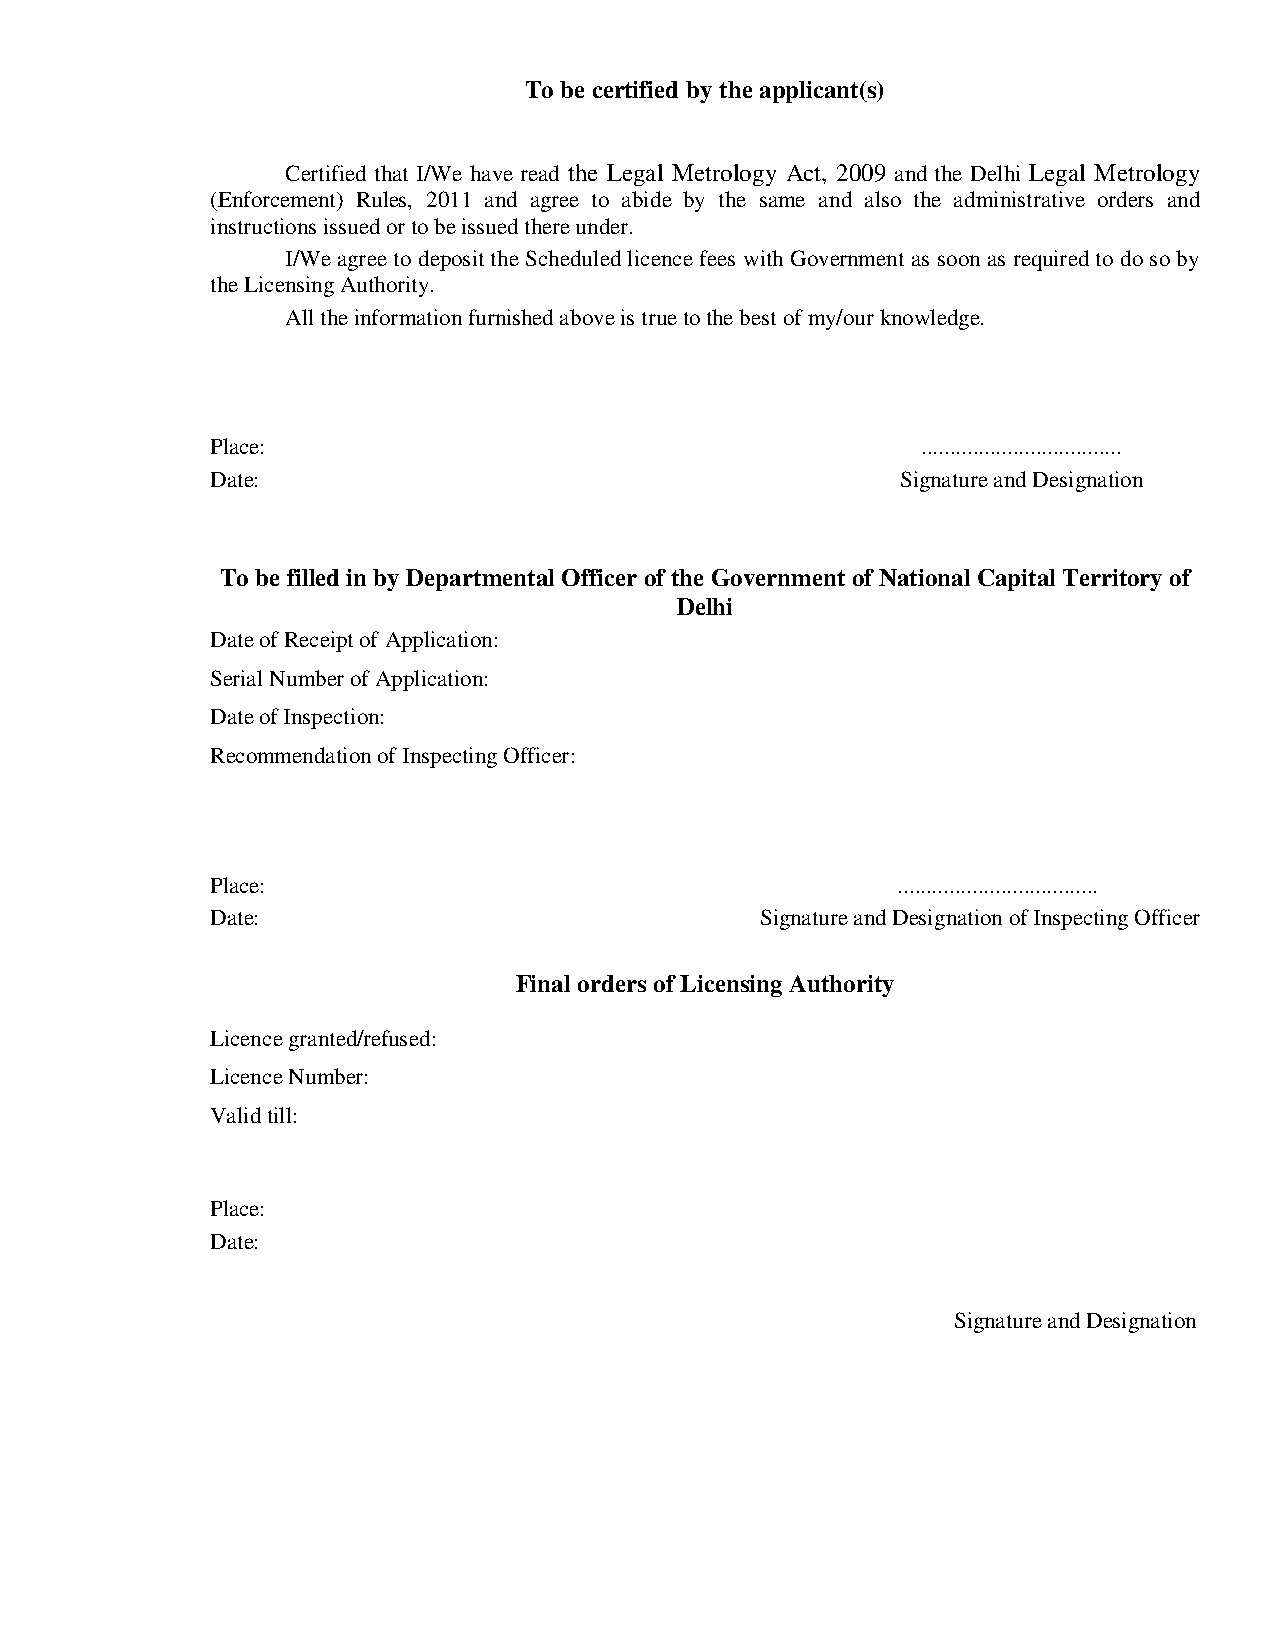
To be certified by the applicant(s)
 Certified that I/We have read the Legal Metrology Act, 2009 and the Delhi Legal Metrology
 (Enforcement) Rules, 2011 and agree to abide by the same and also the administrative orders and
 instructions issued or to be issued there under.
 I/We agree to deposit the Scheduled licence fees with Government as soon as required to do so by
 the Licensing Authority.
 All the information furnished above is true to the best of my/our knowledge.
 Place:                                         ...................................
 Date:                                         Signature and Designation
 To be filled in by Departmental Officer of the Government of National Capital Territory of
 Delhi
 Date of Receipt of Application:
 Serial Number of Application:
 Date of Inspection:
 Recommendation of Inspecting Officer:
 Place:                                       ...................................
 Date:                               Signature and Designation of Inspecting Officer
 Final orders of Licensing Authority
 Licence granted/refused:
 Licence Number:
 Valid till:
 Place:
 Date:
 Signature and Designation